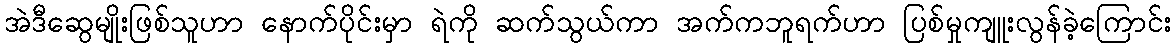
အဲဒီဆွေမျိုးဖြစ်သူဟာ နောက်ပိုင်းမှာ ရဲကို ဆက်သွယ်ကာ အက်ကဘူရက်ဟာ ပြစ်မှုကျူးလွန်ခဲ့ကြောင်း